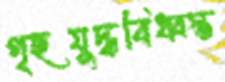
গৃহযুদ্ধবিধ্বস্ত